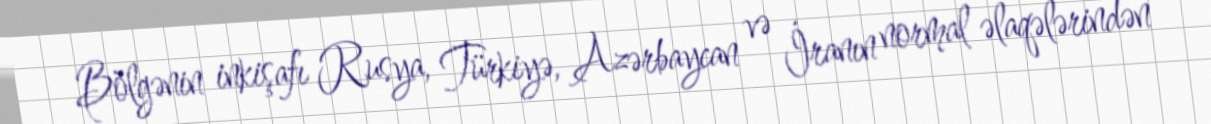
Bölgənin inkişafı Rusya, Türkiyə, Azərbaycan və İranın normal əlaqələrindən